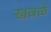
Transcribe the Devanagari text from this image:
खवळे